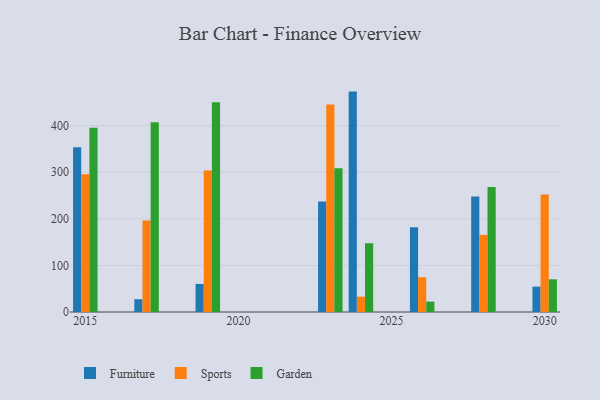
{"axis": {"x": "Year", "y": "Headcount"}, "legend": ["Furniture", "Garden", "Sports"], "data": [{"x": "2030", "y": 54.5, "type": "Furniture"}, {"x": "2030", "y": 252.2, "type": "Sports"}, {"x": "2030", "y": 70.2, "type": "Garden"}, {"x": "2019", "y": 60.3, "type": "Furniture"}, {"x": "2019", "y": 303.5, "type": "Sports"}, {"x": "2019", "y": 450.3, "type": "Garden"}, {"x": "2023", "y": 237.3, "type": "Furniture"}, {"x": "2023", "y": 445.3, "type": "Sports"}, {"x": "2023", "y": 308.4, "type": "Garden"}, {"x": "2026", "y": 181.9, "type": "Furniture"}, {"x": "2026", "y": 74.8, "type": "Sports"}, {"x": "2026", "y": 22.3, "type": "Garden"}, {"x": "2024", "y": 473.1, "type": "Furniture"}, {"x": "2024", "y": 32.9, "type": "Sports"}, {"x": "2024", "y": 147.6, "type": "Garden"}, {"x": "2017", "y": 27.4, "type": "Furniture"}, {"x": "2017", "y": 196.5, "type": "Sports"}, {"x": "2017", "y": 407.5, "type": "Garden"}, {"x": "2028", "y": 247.7, "type": "Furniture"}, {"x": "2028", "y": 165.5, "type": "Sports"}, {"x": "2028", "y": 268.1, "type": "Garden"}, {"x": "2015", "y": 353.6, "type": "Furniture"}, {"x": "2015", "y": 295.6, "type": "Sports"}, {"x": "2015", "y": 395.5, "type": "Garden"}]}